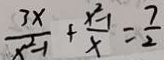
\frac { 3 x } { x ^ { 2 } - 1 } + \frac { x ^ { 2 } - 1 } { x } = \frac { 7 } { 2 }